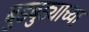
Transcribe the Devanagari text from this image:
बुडबुड्याच्या